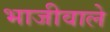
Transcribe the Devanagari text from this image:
भाजीवाले